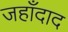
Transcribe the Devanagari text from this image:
जहाँदाद